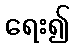
ရေး၍